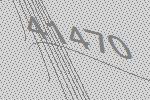
41470